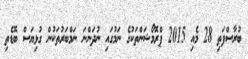
ބުރާސްފަތި 28 މެއި 2015 ޕްރޮމޯޝަންތަކުގެ ނަމުގައި ނުދަންނަ ނަމްބަރުތަކުން ގުޅިޔަސް ބޮޑެތި